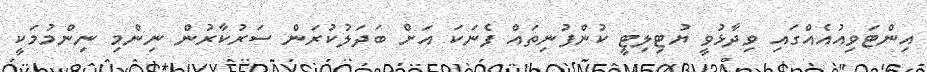
އިންޓަވިއުއެއްގައި ވިދާޅުވީ ޔުޓިލިޓީ ކުންފުނިތައް ފެނަކަ އަށް ބަދަލުކުރަން ސަރުކާރުން ނިންމި ނިންމުމަކީ